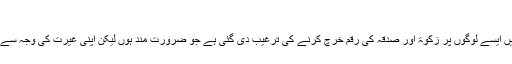
حافظ محمد زبیر – Daleel.Pk
قرآن مجید میں سورۃ البقرۃ کی آیت 273 میں ایسے لوگوں پر زکوۃ اور صدقہ کی رقم خرچ کرنے کی ترغیب دی گئی ہے جو ضرورت مند ہوں لیکن اپنی غیرت کی وجہ سے لوگوں سے لگ لپٹ کر سوال نہ کرتے ہوں۔